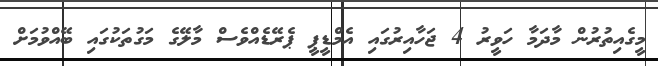
މީގެއިތުރުން މާދަމާ ހަވީރު 4 ޖަހާއިރުގައި އެމްޑީޕީ ޕެރޭޑެއްވެސް މާލޭގެ މަގުތަކުގައި ބޭއްވުމަށް